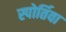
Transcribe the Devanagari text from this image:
स्पोर्तिवा